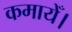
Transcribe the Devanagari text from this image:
कमायेँ।